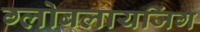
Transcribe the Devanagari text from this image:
ग्लोबलायजिंग